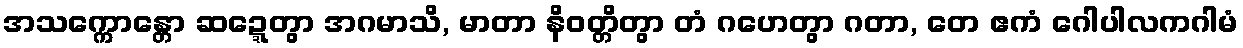
အသက္ကောန္တော ဆဍ္ဍေတွာ အဂမာသိ, မာတာ နိဝတ္တိတွာ တံ ဂဟေတွာ ဂတာ, တေ ဧကံ ဂေါပါလကဂါမံ